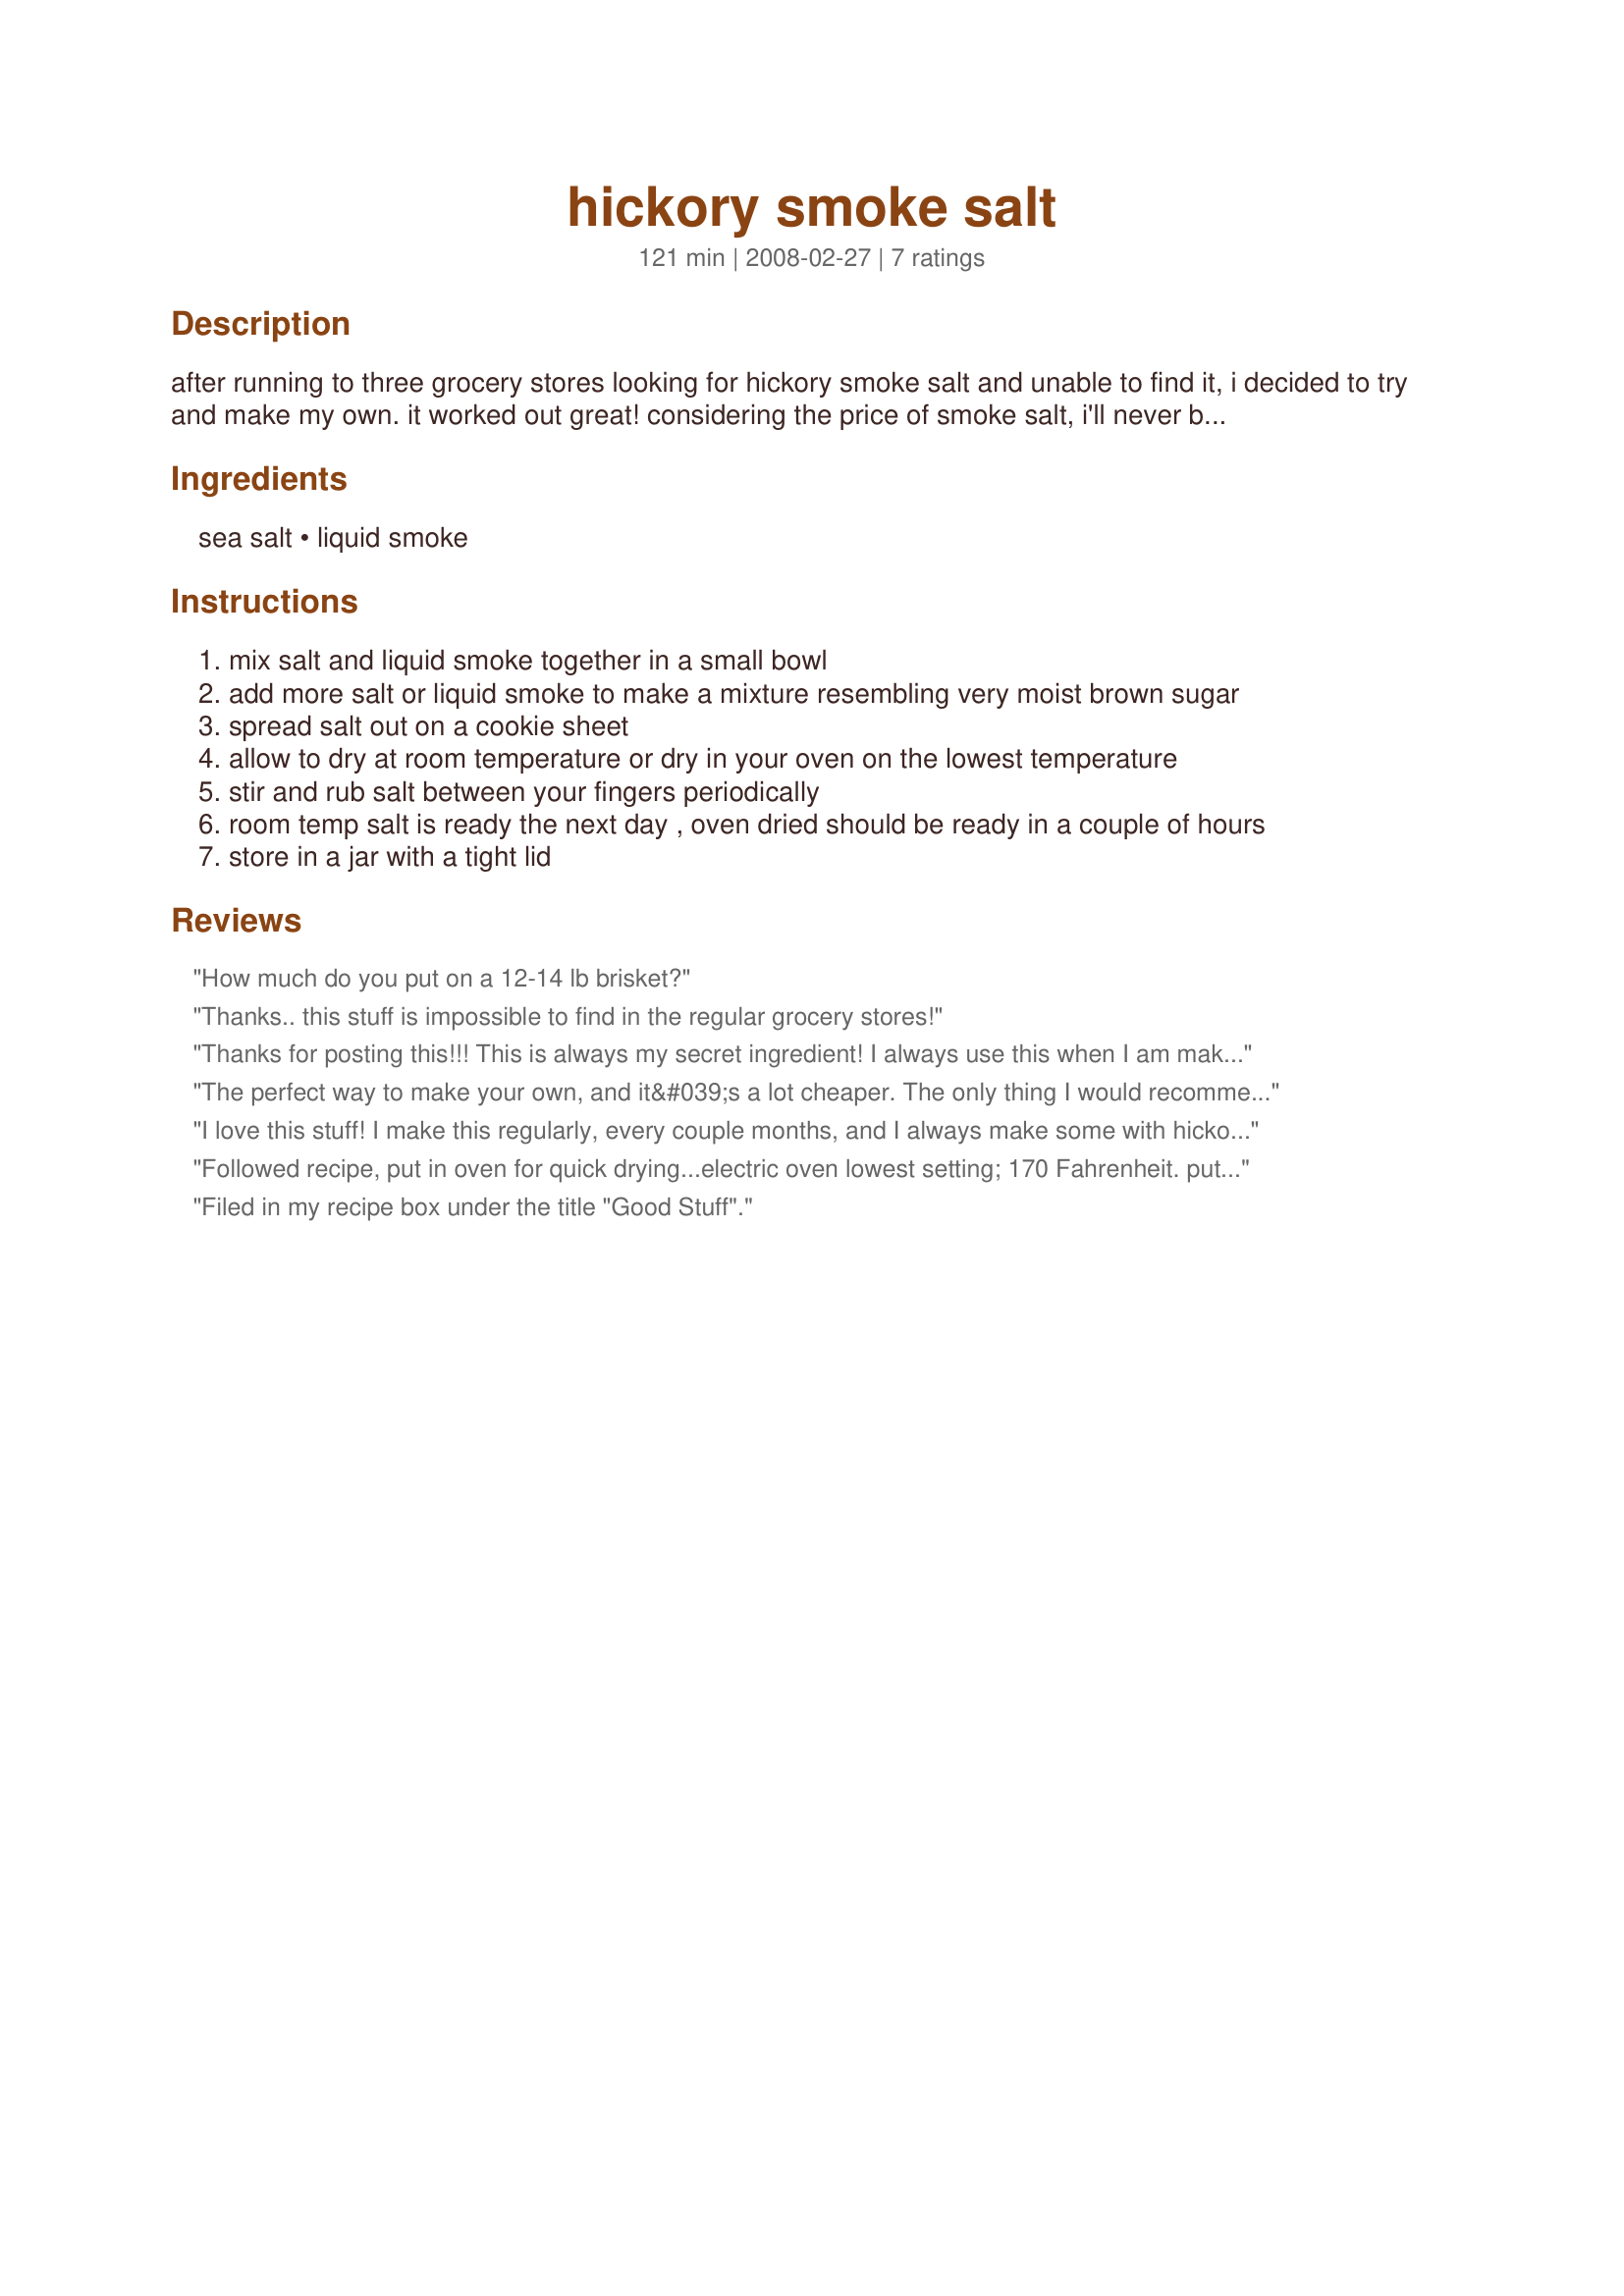
hickory smoke salt
Preparation time: 121 minutes

after running to three grocery stores looking for hickory smoke salt and unable to find it, i decided to try and make my own. it worked out great! considering the price of smoke salt, i'll never buy it again!

Ingredients:
sea salt, liquid smoke

Steps:
mix salt and liquid smoke together in a small bowl
add more salt or liquid smoke to make a mixture resembling very moist brown sugar
spread salt out on a cookie sheet
allow to dry at room temperature or dry in your oven on the lowest temperature
stir and rub salt between your fingers periodically
room temp salt is ready the next day , oven dried should be ready in a couple of hours
store in a jar with a tight lid

Reviews:
How much do you put on a 12-14 lb brisket?
Thanks.. this stuff is impossible to find in the regular grocery stores!
Thanks for posting this!!! This is always my secret ingredient! I always use this when I am making rice and mashed potates. This is also great on pork chops.
The perfect way to make your own, and it&#039;s a lot cheaper. The only thing I would recommend is using ONLY Wright&#039;s Liquid smoke. It is nothing but liquified smoke. No caramel coloring or anything else. You can get it in hickory or mesquite. The perfect thing for smoked roasted and salted pecans.
I love this stuff! I make this regularly, every couple months, and I always make some with hickory liquid smoke, some with mesquite. Adds one heck of a punch to make your fajita seasonings and dry rubs go from great to outstanding. I am asked all the time what my 'secret' is. Thanks so much for posting!
ETA: Through trial and error we've discovered that 1 c of sea salt to 1 tbs liquid smoke is a great ratio, but we don't dry it, just keep it in a covered container. Won't go bad, and the liquid smoke releases it's aromatic properties as it cooks/dries out.
Followed recipe, put in oven for quick drying...electric oven lowest setting; 170 Fahrenheit. put in oven at temp, then turned off. Let salt set for approx. 8 minutes. Moved it around to see how it was doing and it was done! Did Wright's brand misquote, had no hickory. Don't want to get out in this winter weather, but craving some home cooked ribs! (getting to old to go out and grill/smoke in the deep winter)...Using with BETH'S MELT IN YOUR MOUTH BARBECUE RIBS (OVEN). Thank you so much for posting this recipe. Not buying any more expensive smoked salts any more.
Filed in my recipe box under the title "Good Stuff".
